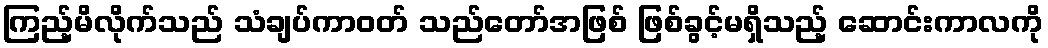
ကြည့်မိလိုက်သည် သံချပ်ကာဝတ် သည်တော်အဖြစ် ဖြစ်ခွင့်မရှိသည့် ဆောင်းကာလကို